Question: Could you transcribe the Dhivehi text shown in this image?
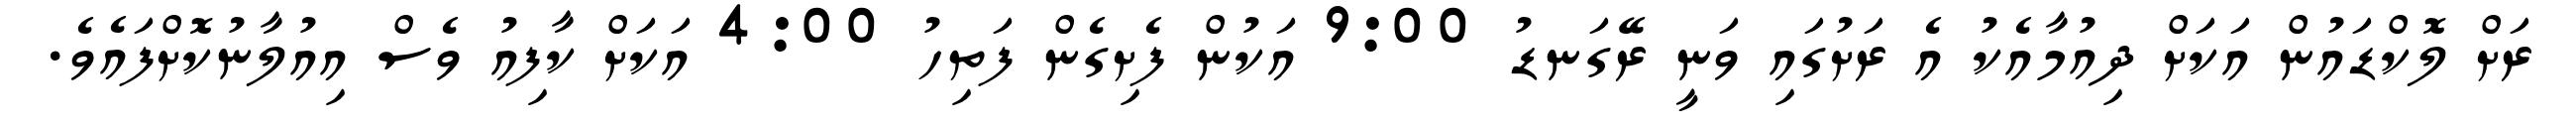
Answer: ރަށް ލޮކްޑައުން އަކަށް ދިއުމާއެކު އެ ރަށުގައި ވަނީ ރޭގަނޑު 9:00 އަކުން ފެށިގެން ފަތިހު 4:00 އަކަށް ކާފިއު ވެސް އިއުލާނުކޮށްފައެވެ.